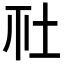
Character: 𡉹